Vaccination in Bombay 1902-1912 - 1902-1912
Year: 1902
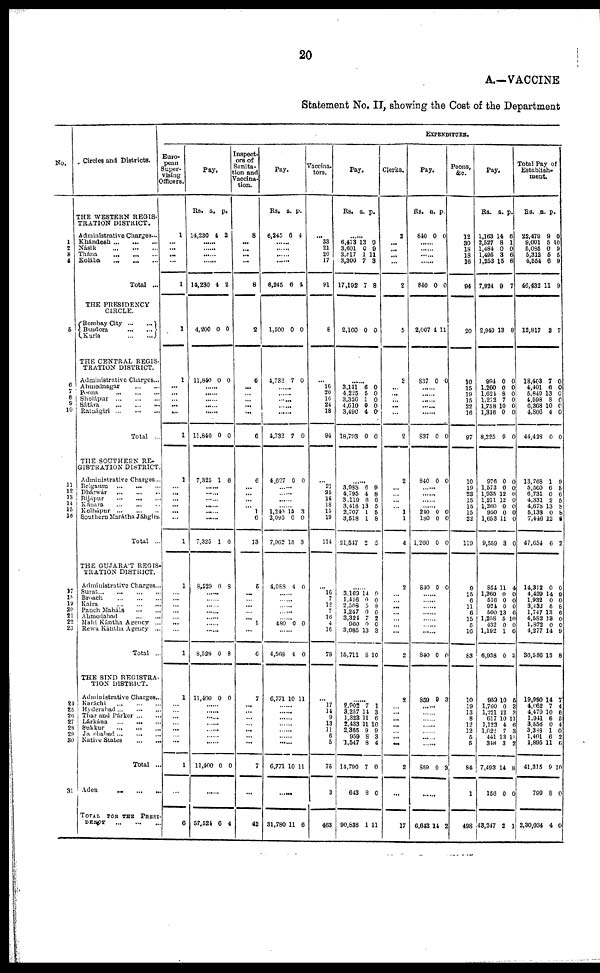
20
A.—VACCINE
Statement No. II, showing the Cost of the Department
No.
1
2
3
4
5
6
7
8 9
10
11 12
13
14
15
16
17
18
19
20
21
23
24 25
26 27
28
29 30
31
Circles and Districts.
THE WESTERN REGIS-
TRATION DISTRICT.
Administrative Charges ...
Khándesh
...
...
...
Násik
...
...
...
Thána
...
...
...
Kolába
...
...
...
Total ...
THE PRESIDENCY
CIRCLE.
Bombay City
...
...
Bandora
...
...
Kurla
...
...
THE CENTRAL REGIS-
TRATION DISTRICT.
Administrative Charges...
Ahmednagar
...
...
Poona
...
...
...
Sholápur
...
...
...
Sátára
...
...
...
Ratnágiri
...
...
...
Total ...
THE SOUTHERN RE-
GISTRATION DISTRICT.
Administrative Charges...
Belgaum
...
...
...
Dhárwár
...
...
...
Bijápur
...
...
...
Kánara ... ... ...
Kolhápur
...
...
...
Southern Marátha Jáhgirs.
Total ...
THE GUJARÁT REGIS¬
TRATION DISTRICT.
Administrative Charges ...
Surat
...
...
...
...
Broach
...
...
...
Kaira
...
...
...
Panch Maháls
...
...
Ahmedabad ... ...
Mahi Kántha Agency ...
Rewa Kántha Agency ...
Total ..
THE SIND REGISTRA-
TION DISTRICT.
Administrative Charges..
Karáchi ... ... ...
Hyderabad ... ... ...
Thar and Párker ... ... ...
Lárkána
...
...
...
Sukkur ... ... ...
Ja obabad ... ... ...
Native States
...
...
Total ...
Aden
...
...
...
TOTAL
FOR THE PRESI¬
DENCY
...
...
...
EXPENDITURE.
Euro¬
pean
Super-
vising
Officers.
1
...
...
...
...
1
1
1
...
...
...
...
...
1
1
...
...
...
...
...
...
1
1
...
...
...
...
...
...
...
1
1
...
...
...
...
...
...
...
1
...
6
Pay.
Rs.
14,230
a.
4
p.
2
......
......
......
......
14,230
4,200
11,840
4
0
0
2
0
0
......
......
......
......
......
11,840
7,325
0
1
0
6
......
......
......
......
......
......
7,325
8,529
1
0
6
8
......
......
......
......
......
......
......
8,529
11,400
0
0
8
0
......
......
......
......
......
......
......
11,400 0 0
57,524 6 4
Inspect¬
ors of
Sanita¬
tion and
Vaccina-
tion.
8
...
...
...
...
8
2
6
...
...
...
...
...
6
6
...
...
...
...
1
6
13
5
...
...
...
...
...
1
...
6
7
...
...
...
...
...
...
...
7
...
42
Pay.
Rs.
6,245
a.
6
p.
4
......
......
......
......
6,245
1,500
4,732
6
0
7
4
0
0
......
......
......
......
......
4,732
4,627
7
0
0
0
......
......
......
......
1,240
2,095
7,962
4,088
15
0
15
4
3
0
3
0
......
......
......
......
......
480 0 0
......
4,568
6,771
4
10
0
11
......
......
......
......
......
......
......
6,771 10 11
......
31,780 11 6
Vaccina¬
tors.
...
33
21
20
17
91
8
...
16
20
16
24
18
94
...
21
25
16
18
15
19
114
...
16
7
12
7
16
4
16
78
...
17
14
9
13
11
6
5
75
3
463
Pay.
Rs. a. p.
...
6,473
3,601
3,817
3,300
17,192
2,160
13
0
1
1
7
0
9
9
11
3
8
0
......
3,141
4,225
3,326
4,610
3,490
18,793
6
5
1
0
4
0
0
0
0
0
0
0
......
3,988
4,795
3,119
3,418
2,707
3,518
21,547
6
4
6
13
1
1
2
9
8
6
5
5
8
5
......
3,169
1,416
2,508
1,247
3,324
960
3,085
15,711
14
0
5
0
7
0
13
8
9
0
8
0
2
0
3
10
......
2,902
3,257
1,323
2,433
2,365
959
1,547
14,790
643
90,838
7
14
11
11
9
8
8
7
8
1
1
3
6
10
9
3
4
0
0
11
Clerks.
2
...
...
...
...
2
5
2
...
...
...
...
...
2
2
...
...
...
...
1
1
4
2
...
...
...
...
...
...
...
2
9
...
...
...
...
...
...
...
2
...
17
Pay.
Rs.
840
a.
0
p.
0
......
......
......
......
840
2,007
837
0
4
0
0
11
0
......
......
......
......
......
837
840
0
0
0
0
......
......
......
......
240
180
1,260
840
0
0
0
0
0 0
0
0
......
......
......
......
......
......
......
840
859
0
9
0
3
......
......
......
......
......
......
......
859 9 3
......
6,643 14 2
Peons.
&c.
12
30
18
18
16
94
20
10
15
19
15
22
16
97
10
19
23
15
15
15
22
119
9
15
6
11
6
15
5
16
83
10
19
13
8
12
12
5
5
84
1
498
Pay.
Rs.
1,163
2,527
1,484
1,495
1,253
7,924
2,949
994
1,260
1,621
1,272
1,758
1,316
8,225
976
1,572
1,935
1,211
1,260
950
1,653
9,559
854
1,260
516
924
500
1,258
432
1,192
6,938
959
l,760
1,221
617
1,122
1,022
441
348
7,493
156
43,247
a.
14
8
0
3
15
9
13
0
0
8
7
10
0
9
0
0
12
12
0
0
11
3
11
0
0
0
13
5
0
1
0
10
0
12
10
4
7
13
3
14
0
2
p.
6
1
0
6
6
7
8
0
0
0
0
0
0
0
0
0
0 0
0
0 0
0
4
0
0
0
6
10
0
6
2
5
3
3
11
6
3
11
2
8
0
1
Total Pay of
Establish¬
ment.
Rs.
22,479
9,001
5,085
5,312
4,554
46,432
12,817
18,403
4,401
5,849
4,598
6,308
4,806
44,428
13,768
5,560
6,731
4,331
4,678
5,138
7,446
47,654
14,312
4,429
1,932
3,432
1,747
4,582
1,872
4,277
36,586
19,990
4,662
4,479
1,941
3,556
3,338
1,401
1,895
41,315
799
2,30,034
a.
9
5
0
5
6
11
2
7
6
13
8
10
4
0
1
6
0
2
13
0
12
6
0
14
0
5
13
13
0
14
13
14
7
10
6
0
1
6
11
9
8
4
p.
0
10
9
5
9
9
7
0
0
0
0
0
0
0
9
8
6
5
8
8
6
2
0
9
0
8
6
0
0
9
8
7
4
6
5
4
0
2
6
10
0
0